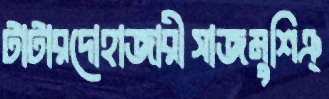
টাটারদোহাজারীসাজমুশিঞ্